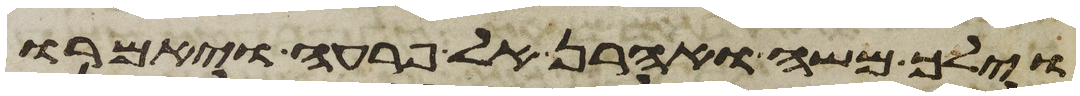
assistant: וילך משה ואהרן אל פרעה ויאמרו